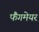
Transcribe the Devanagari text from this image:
फैंगमेयर